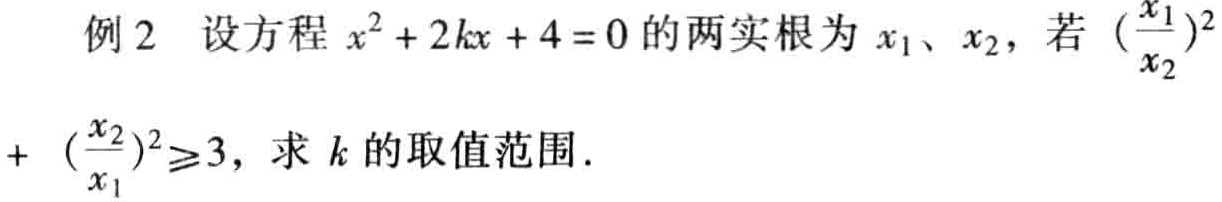
例2 设方程 \(x^{2}+2kx + 4 = 0\) 的两实根为 \(x_{1}\)、\(x_{2}\)，若 \((\frac{x_{1}}{x_{2}})^{2}+(\frac{x_{2}}{x_{1}})^{2}\geq3\)，求 \(k\) 的取值范围.